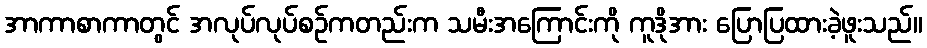
အာကာစာကာတွင် အလုပ်လုပ်စဉ်ကတည်းက သမီးအကြောင်းကို ကူဒိုအား ပြောပြထားခဲ့ဖူးသည်။